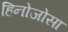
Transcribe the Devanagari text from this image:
हिनोजोसा